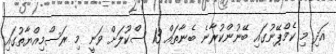
އަދި މި ކެމްޕޭނުގައި ބޭނުންކުރާނެ ބެނާތައް 13 ސްކޫލަށް ވަނީ މި ރަސްމިއްޔާތުގައި